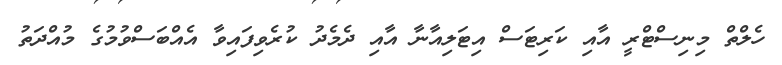
ހެލްތް މިނިސްޓްރީ އާއި ކަރިޓަސް އިޓަލިއާނާ އާއި ދެމެދު ކުރެވިފައިވާ އެއްބަސްވުމުގެ މުއްދަތު